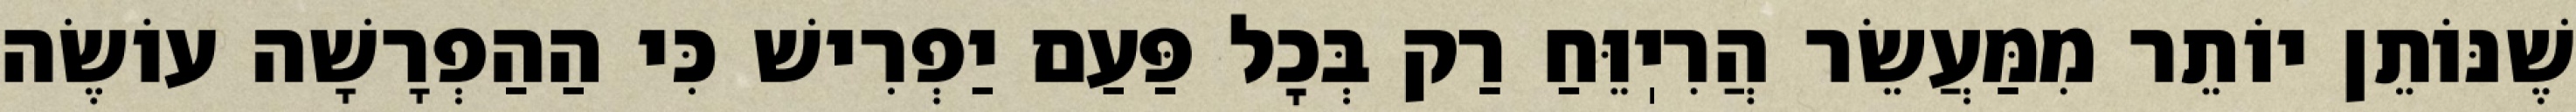
שֶׁנּוֹתֵן יוֹתֵר מִמַּעֲשֵׂר הֲרִיֽוֵּחַ רַק בְּכׇל פַּעַם יַפְרִישׁ כִּי הַהַפְרָשָׁה עוֹשֶׂה